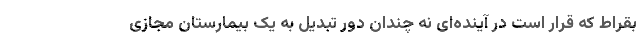
بقراط که قرار است در آینده‌ای نه چندان دور تبدیل به یک بیمارستان مجازی